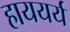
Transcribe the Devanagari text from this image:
हाययर्य